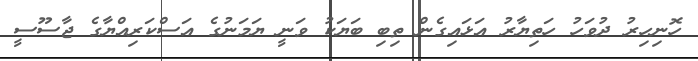
ހޮނިހިރު ދުވަހު ހަތިޔާރު އަޅައިގެން ތިބި ބަޔަކު ވަނީ ޔަމަނުގެ އަސްކަރިއްޔާގެ ޖާސޫސީ